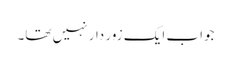
جواب ایک زور دار نہیں تھا۔